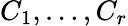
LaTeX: C_{1},\ldots,C_{r}